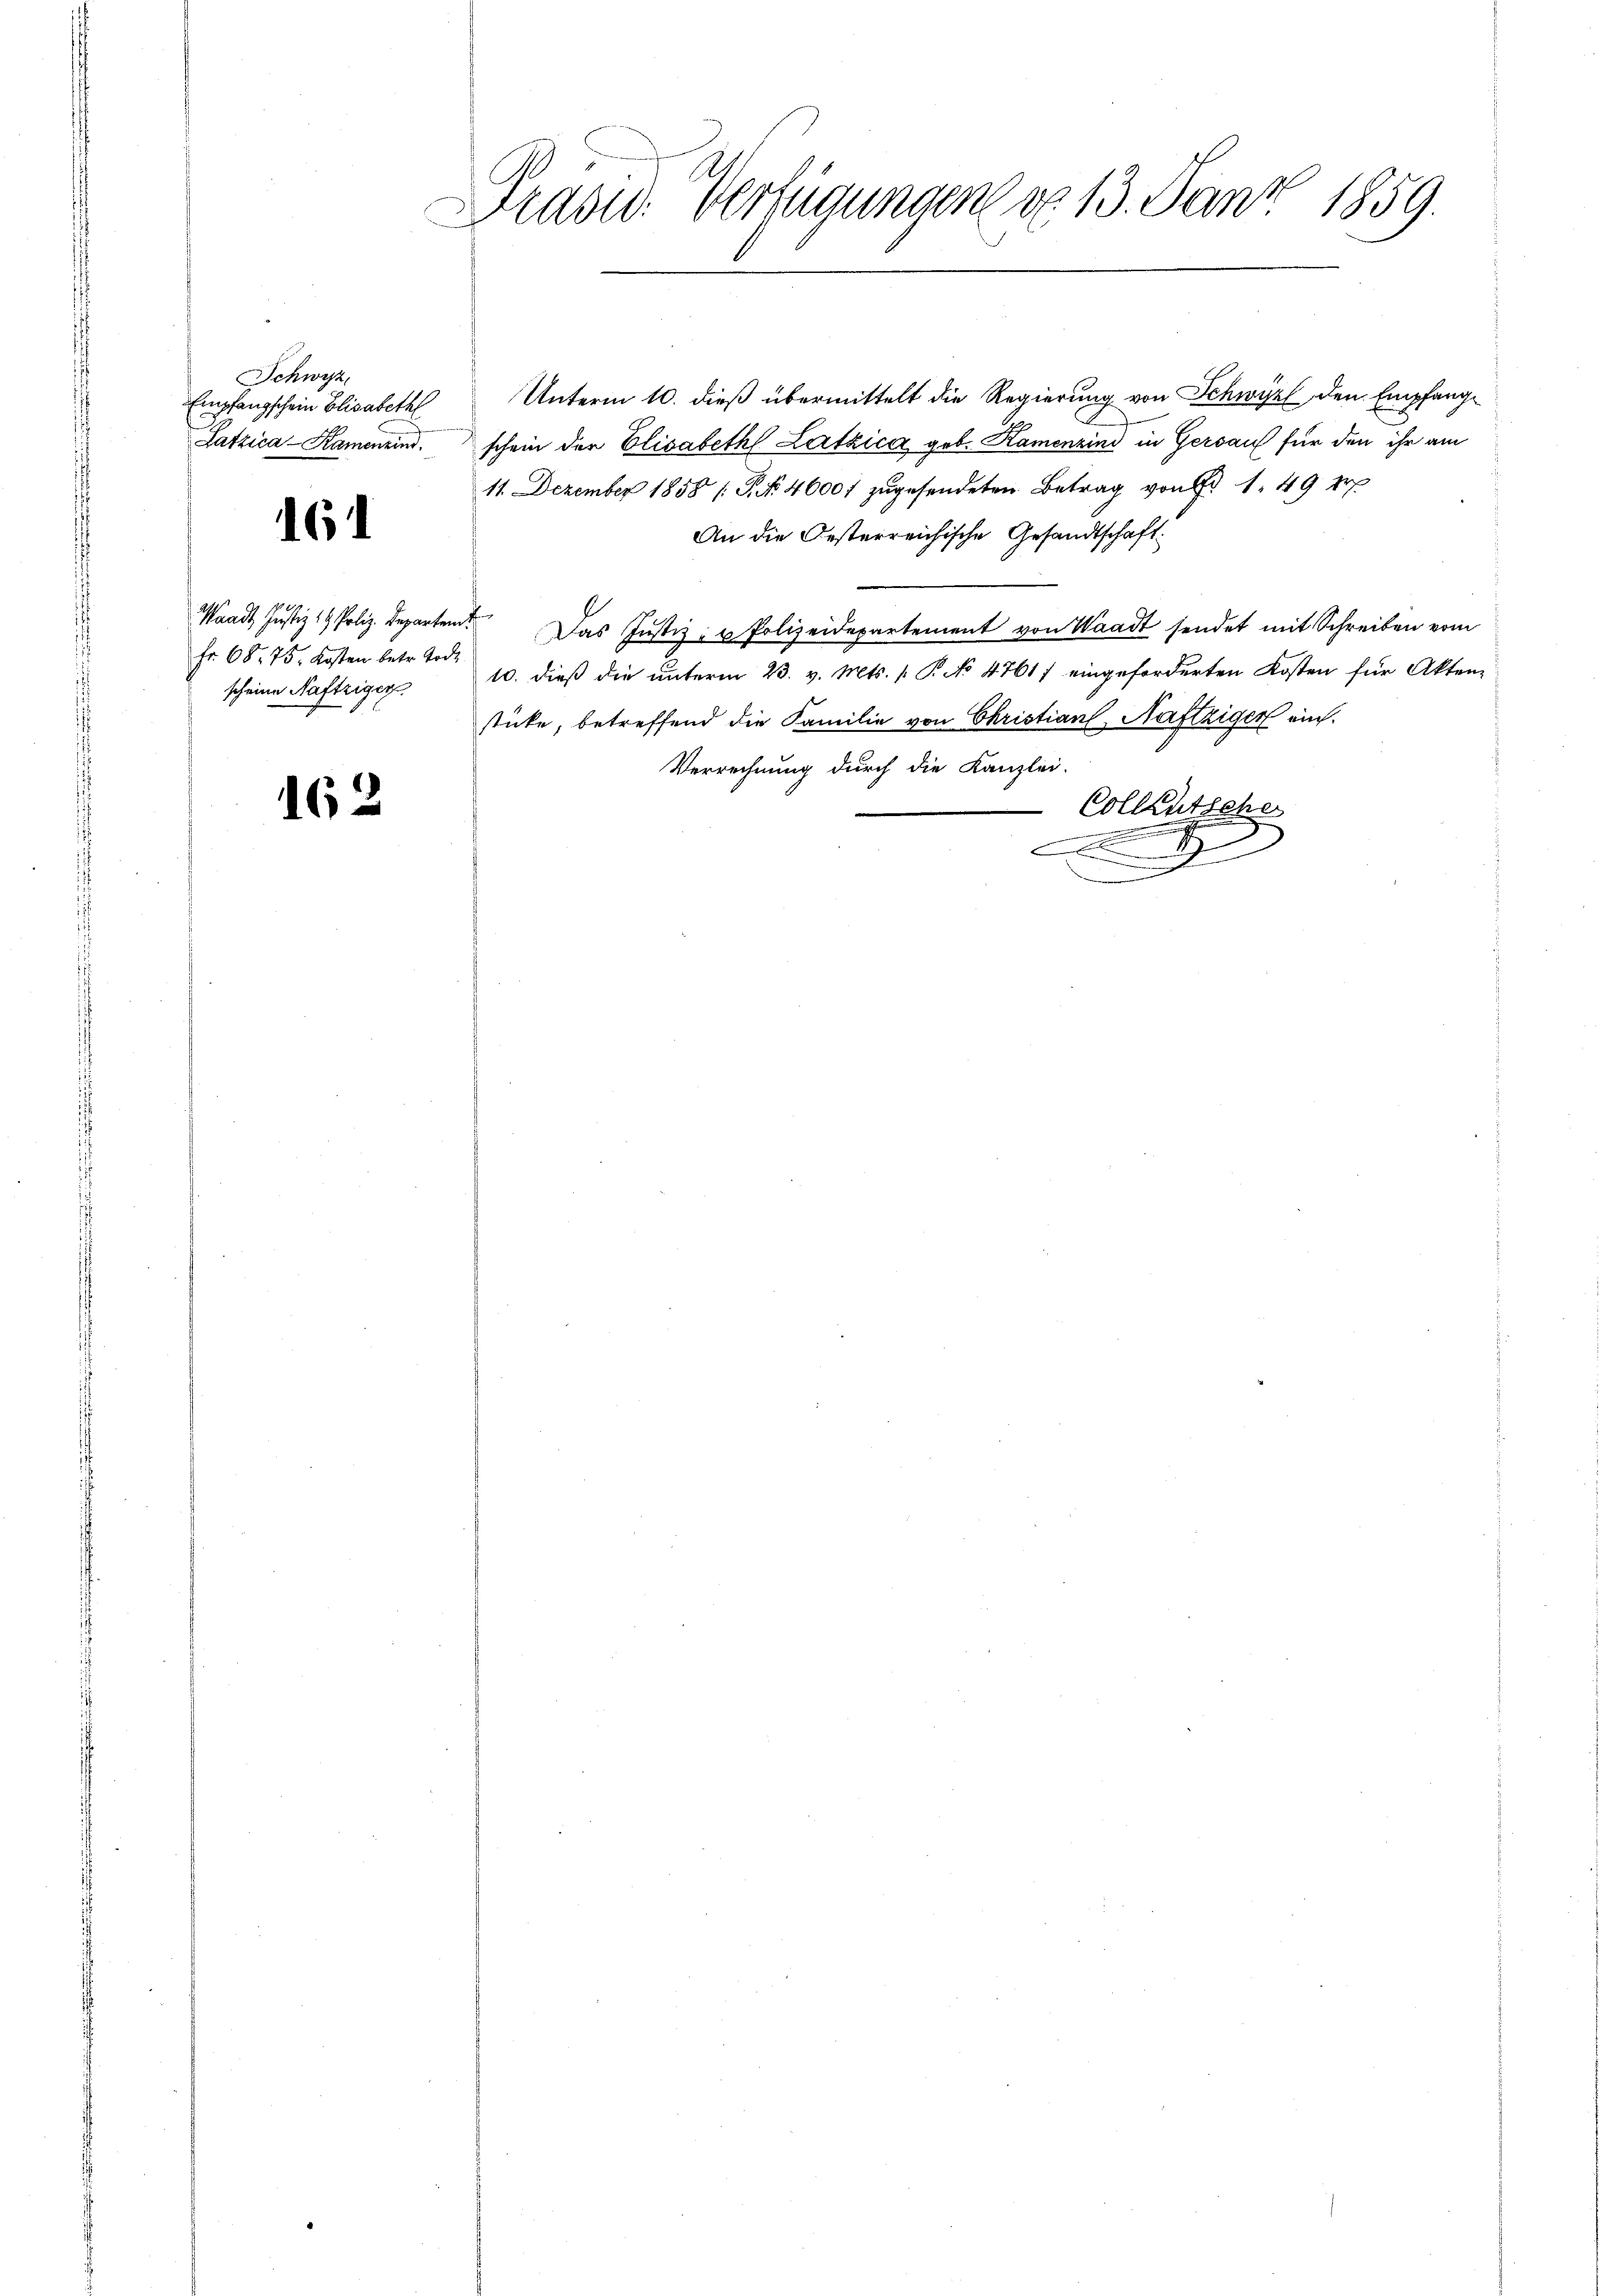
Schwyz,
Empfangschein Elisabeth
Latzica-Kamenzind.

6

.
Fr. 68. 75. Kosten betr. Tode
scheine Naftziger

162

Präsid. Verfügungen do 13. Janz 1859.

Unterm 10. dieß übermittelt die Regierung von Schwyz, den Empfangschein der Elisabeth Latzica geb. Kamenzind in Gersau für den ihr am
11. Dezember 1858 s. S. Nr. 4600f zŭgesendeten Betrag von 1. 49 erp
An die Oesterreichische Gesandtschaft
Waadt Justiz 1 Poliz. Departem Das Justiz- u Polizeidepartement von Waadt sendet mit Schreiben vom
10. dieß die unterm 23. v. Mts. [ P. No 47617 eingeforderten Kosten für Akten-
stücke, betreffend die Familie von Christian Näftziger ein¬
Verrechnung durch die Kanzlei-
Collentscher

.
.